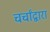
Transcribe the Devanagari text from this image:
चर्चांद्वारा